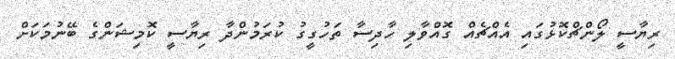
ރިޔާސީ ލޯންޗްކޮޅުގައި އެއްޗެއް ގޮއްވާލި ހާދިސާ ތަހުގީގު ކުރަމުންދާ ރިޔާސީ ކޮމިޝަންގެ ބޭނުމަކަށް